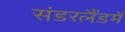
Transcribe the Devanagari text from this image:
संडरलैंडमें